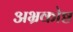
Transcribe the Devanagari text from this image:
अभ्रकोष्ठ